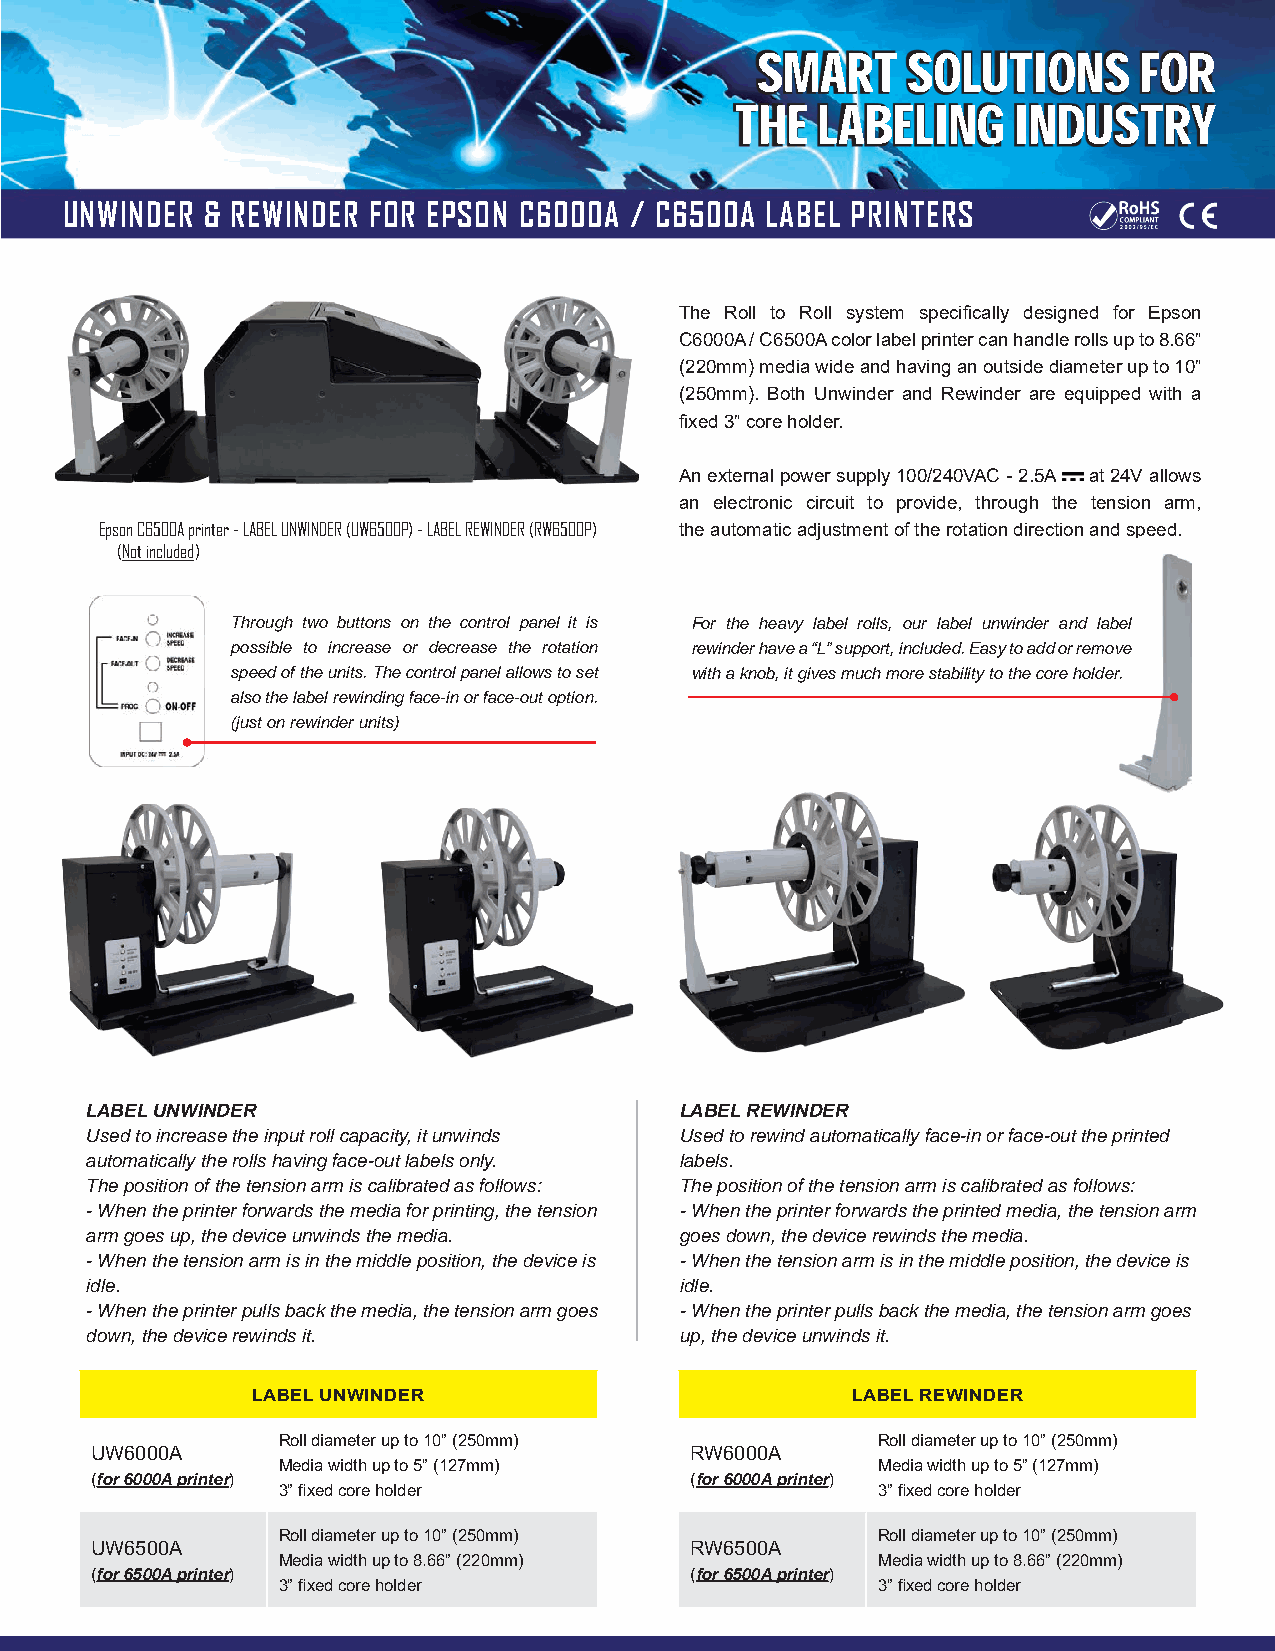
AA WWOORRLLDD     OOFF
 SMART     SOLUTIONS      FOR
 THE  LABESSLIOONGLL IUUNDTTUIISOOTNNRYSS
 AAggeennccyy CCeerrttiiffiiccaattiioonnss
 UNWINDER  & REWINDER FOR EPSON C6000A / C6500A LABEL PRINTERS
 The Roll to Roll system specifically designed for Epson
 C6000A / C6500A color label printer can handle rolls up to 8.66”
 (220mm) media wide and having an outside diameter up to 10”
 (250mm). Both Unwinder and Rewinder are equipped with a
 fixed 3” core holder.
 An external power supply 100/240VAC - 2.5A at 24V allows
 an electronic circuit to provide, through the tension arm,
 Epson C6500A printer - LABEL UNWINDER (UW6500P) - LABEL REWINDER (RW6500P) the automatic adjustment of the rotation direction and speed.
 (Not included)
 Through two buttons on the control panel it is For the heavy label rolls, our label unwinder and label
 possible to increase or decrease the rotation rewinder have a “L” support, included. Easy to add or remove
 speed of the units. The control panel allows to set with a knob, it gives much more stability to the core holder.
 also the label rewinding face-in or face-out option.
 (just on rewinder units)
 LABEL UNWINDER                         LABEL REWINDER
 Used to increase the input roll capacity, it unwinds Used to rewind automatically face-in or face-out the printed
 automatically the rolls having face-out labels only. labels.
 The position of the tension arm is calibrated as follows: The position of the tension arm is calibrated as follows:
 - When the printer forwards the media for printing, the tension - When the printer forwards the printed media, the tension arm
 arm goes up, the device unwinds the media. goes down, the device rewinds the media.
 - When the tension arm is in the middle position, the device is - When the tension arm is in the middle position, the device is
 idle.                                  idle.
 - When the printer pulls back the media, the tension arm goes - When the printer pulls back the media, the tension arm goes
 down, the device rewinds it.           up, the device unwinds it.
 LABEL UNWINDER                         LABEL REWINDER
 Roll diameter up to 10” (250mm)         Roll diameter up to 10” (250mm)
 UW6000A                                 RW6000A
 Media width up to 5” (127mm)            Media width up to 5” (127mm)
 (for 6000A printer)                     (for 6000A printer)
 3” fixed core holder                    3” fixed core holder
 Roll diameter up to 10” (250mm)         Roll diameter up to 10” (250mm)
 UW6500A                                 RW6500A
 Media width up to 8.66” (220mm)         Media width up to 8.66” (220mm)
 (for 6500A printer)                     (for 6500A printer)
 3” fixed core holder                    3” fixed core holder